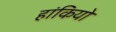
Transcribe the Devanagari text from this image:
हांकियो